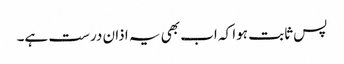
پس ثابت ہوا کہ اب بھی یہ اذان درست ہے۔